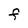
Character: F